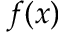
f ( x )